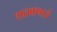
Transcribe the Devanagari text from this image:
शतक१६वे